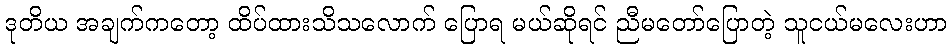
ဒုတိယ အချက်ကတော့ ထိပ်ထားသိသလောက် ပြောရ မယ်ဆိုရင် ညီမတော်ပြောတဲ့ သူငယ်မလေးဟာ